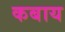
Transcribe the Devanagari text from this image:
कबाय